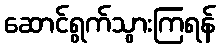
ဆောင်ရွက်သွားကြရန်